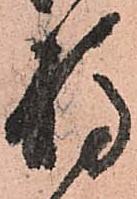
静